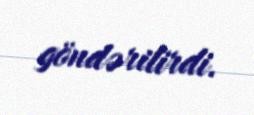
göndərilirdi.